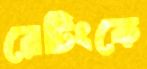
রেটিংকে